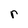
Character: r